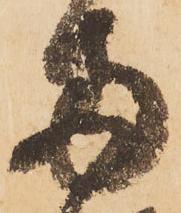
両